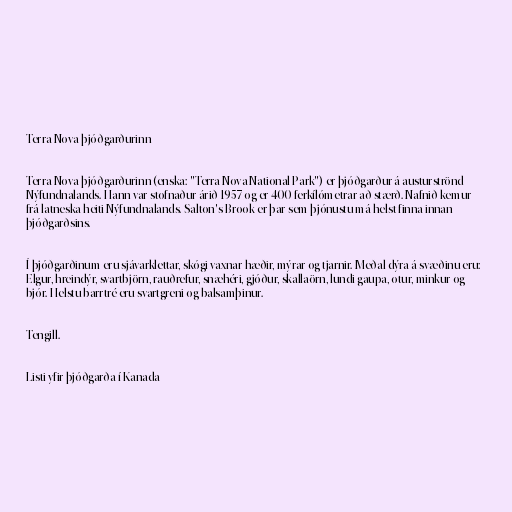
Terra Nova-þjóðgarðurinn

Terra Nova-þjóðgarðurinn (enska: "Terra Nova National Park") er þjóðgarður á austurströnd
Nýfundnalands. Hann var stofnaður árið 1957 og er 400 ferkílómetrar að stærð. Nafnið kemur
frá latneska heiti Nýfundnalands. Salton's Brook er þar sem þjónustu má helst finna innan
þjóðgarðsins.

Í þjóðgarðinum eru sjávarklettar, skógi vaxnar hæðir, mýrar og tjarnir. Meðal dýra á svæðinu eru:
Elgur, hreindýr, svartbjörn, rauðrefur, snæhéri, gjóður, skallaörn, lundi gaupa, otur, minkur og
bjór. Helstu barrtré eru svartgreni og balsamþinur.

Tengill.

Listi yfir þjóðgarða í Kanada